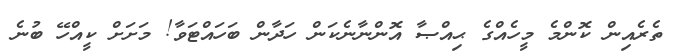
ތެރެއިން ކޮންމެ މީހެއްގެ ޙިއްޞާ އޮންނާނެކަން ހަދާން ބަހައްޓަވާ! މަށަށް ކީއްހޭ ބުނެ